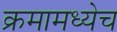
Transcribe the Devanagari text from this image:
क्रमामध्येच